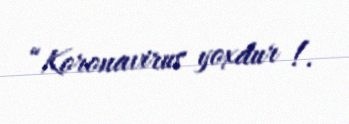
“Koronavirus yoxdur !.